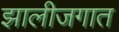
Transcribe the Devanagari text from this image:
झालीजगात